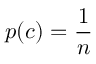
p ( c ) = \frac { 1 } { n }